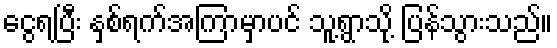
ငွေရပြီး နှစ်ရက်အကြာမှာပင် သူ့ရွာသို့ ပြန်သွားသည်။